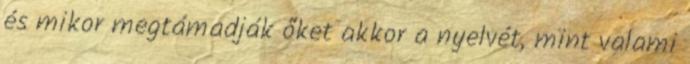
és mikor megtámadják őket akkor a nyelvét, mint valami